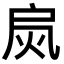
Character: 𢩂